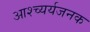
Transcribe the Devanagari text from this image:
आश्च्यर्यजनक